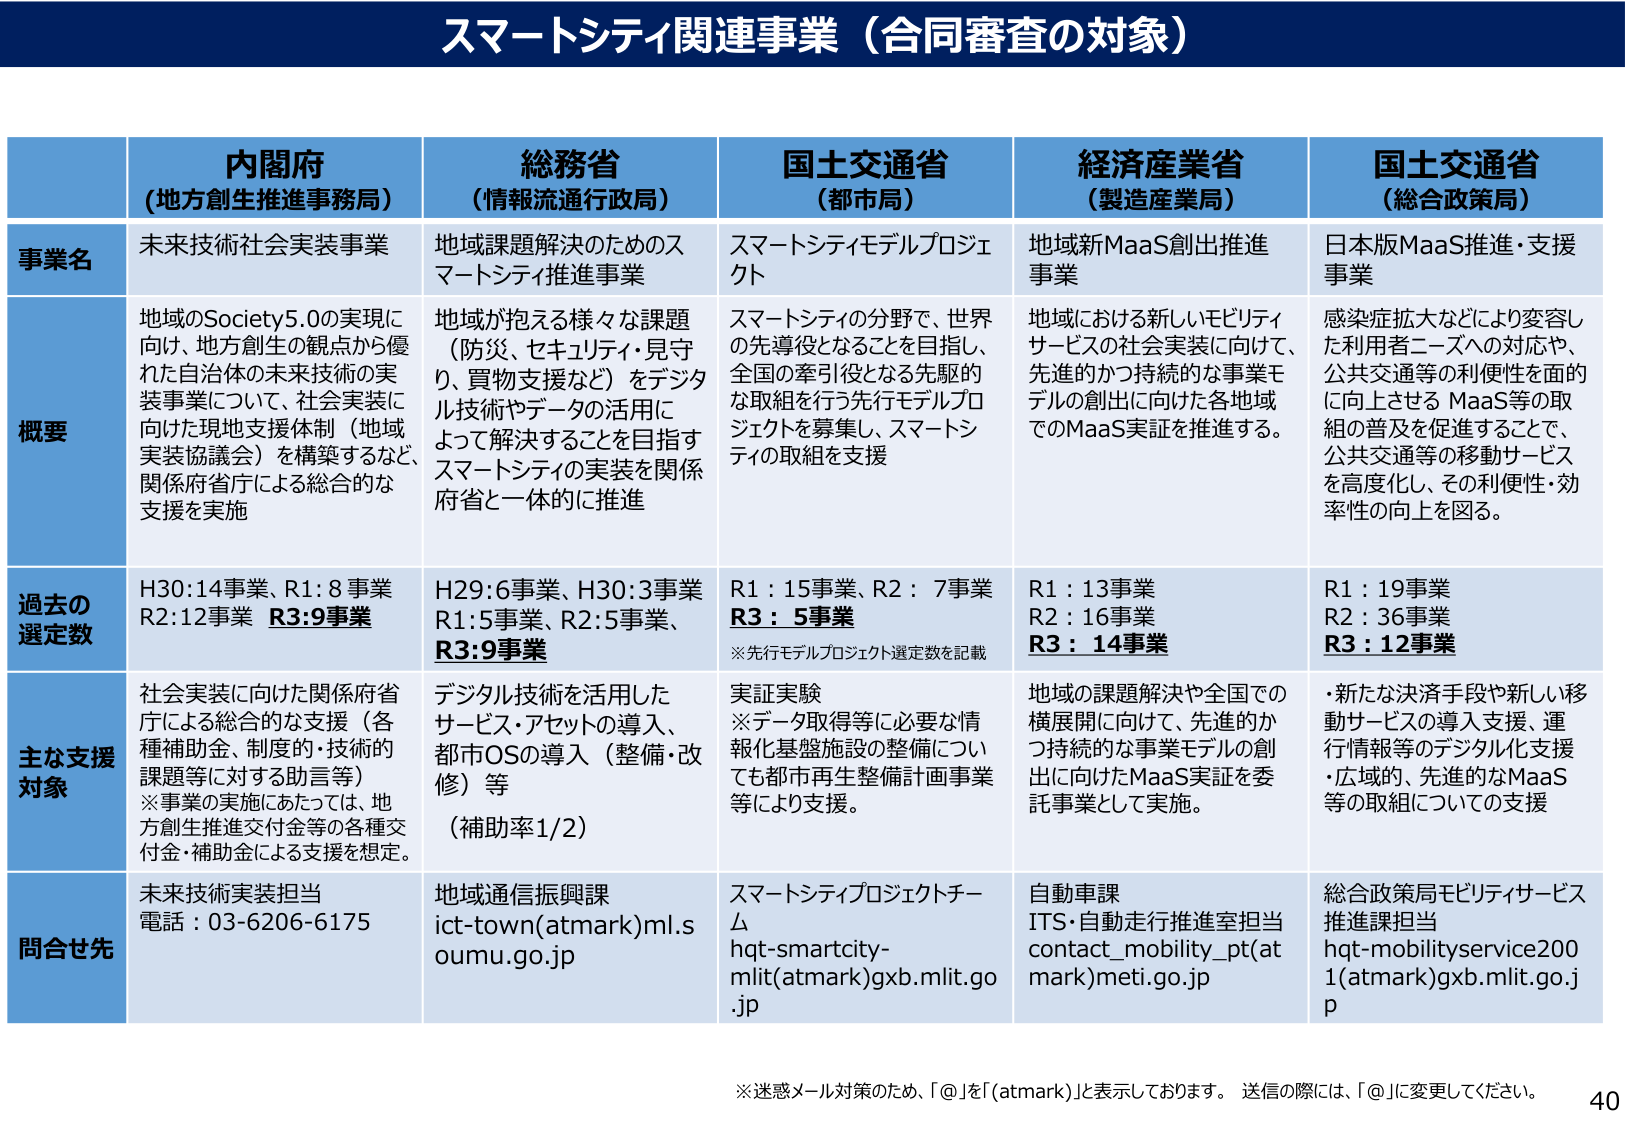
スマートシティ関連事業（合同審査の対象）

内閣府
（地方創生推進事務局）

総務省
（情報流通行政局）

国土交通省
（都市局）

経済産業省
（製造産業局）

国土交通省
（総合政策局）

事業名
未来技術社会実装事業
地域課題解決のためのスマートシティ推進事業
スマートシティモデルプロジェクト
地域新MaaS創出推進事業
日本版MaaS推進・支援事業

概要
地域のSociety5.0の実現に向け、地方創生の観点から優れた自治体の未来技術の実装事業について、社会実装に向けた現地支援体制（地域実装協議会）を構築するなど、関係府省庁による総合的な支援を実施
地域が抱える様々な課題（防災、セキュリティ・見守り、買物支援など）をデジタル技術やデータの活用によって解決することを目指すスマートシティの実装を関係府省と一体的に推進
スマートシティの分野で、世界の先導役となることを目指し、全国の牽引役となる先駆的な取組を行う先行モデルプロジェクトを募集し、スマートシティの取組を支援
地域における新しいモビリティサービスの社会実装に向けて、先進的かつ持続的な事業モデルの創出に向けた各地域でのMaaS実証を推進する。
感染症拡大などにより変容した利用者ニーズへの対応や、公共交通等の利便性を面的に向上させるMaaS等の取組の普及を促進することで、公共交通等の移動サービスを高度化し、その利便性・効率性の向上を図る。

過去の選定数
H30:14事業、R1:8事業
R2:12事業 R3:9事業
H29:6事業、H30:3事業
R1:5事業、R2:5事業、
R3:9事業
R1：15事業、R2：7事業
R3：5事業
※先行モデルプロジェクト選定数を記載
R1：13事業
R2：16事業
R3：14事業
R1：19事業
R2：36事業
R3：12事業

主な支援対象
社会実装に向けた関係府省庁による総合的な支援（各種補助金、制度的・技術的課題等に対する助言等）
※事業の実施にあたっては、地方創生推進交付金等の各種交付金・補助金による支援を想定。
デジタル技術を活用したサービス・アセットの導入、都市OSの導入（整備・改修）等
（補助率1/2）
実証実験
※データ取得等に必要な情報化基盤施設の整備についても都市再生整備計画事業等により支援。
地域の課題解決や全国での横展開に向けて、先進的かつ持続的な事業モデルの創出に向けたMaaS実証を委託事業として実施。
・新たな決済手段や新しい移動サービスの導入支援、運行情報等のデジタル化支援
・広域的、先進的なMaaS等の取組についての支援

問合せ先
未来技術実装担当
電話：03-6206-6175
地域通信振興課
ict-town(atmark)ml.soumu.go.jp
スマートシティプロジェクトチーム
hqt-smartcity-mlit(atmark)gxb.mlit.go.jp
自動車課
ITS・自動走行推進室担当
contact_mobility_pt(atmark)meti.go.jp
総合政策局モビリティサービス推進課担当
hqt-mobilityservice2001(atmark)gxb.mlit.go.jp

※迷惑メール対策のため、「@」を「(atmark)」と表示しております。 送信の際には、「@」に変更してください。
40